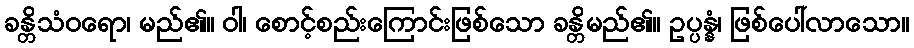
ခန္တိသံဝရော၊ မည်၏။ ဝါ၊ စောင့်စည်းကြောင်းဖြစ်သော ခန္တိမည်၏။ ဥပ္ပန္နံ၊ ဖြစ်ပေါ်လာသော။